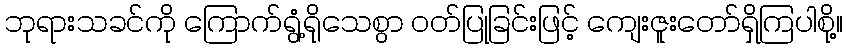
ဘုရားသခင်ကို ကြောက်ရွံ့ရိုသေစွာ ဝတ်ပြုခြင်းဖြင့် ကျေးဇူးတော်ရှိကြပါစို့။